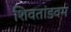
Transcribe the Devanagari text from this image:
शिवतांडवम